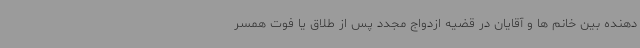
دهنده بین خانم ها و آقایان در قضیه ازدواج مجدد پس از طلاق یا فوت همسر